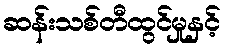
ဆန်းသစ်တီထွင်မှုနှင့်